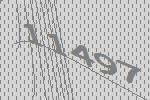
11497